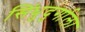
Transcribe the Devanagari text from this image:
सिंधुदुर्गाला